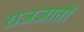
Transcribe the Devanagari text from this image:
राजजातों